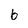
Character: 6